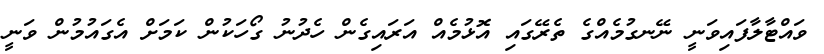
ވައްޓާލާފައިވަނީ ނޭނގުމެއްގެ ތެރޭގައި އޮޅުމެއް އަރައިގެން ހެދުނު ގޯހަކުން ކަމަށް އެގައުމުން ވަނީ